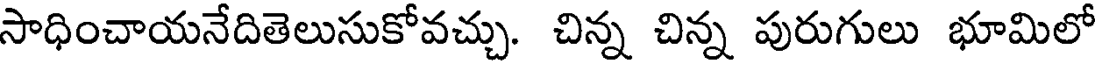
సాధించాయనేదితెలుసుకోవచ్చు. చిన్న చిన్న పురుగులు భూమిలో